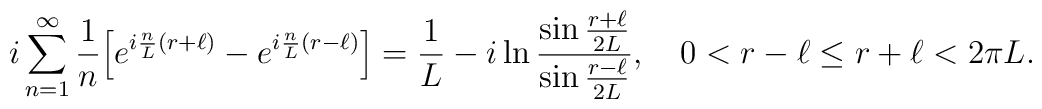
i\sum_{n=1}^\infty {1\over n}\Bigl[e^{i{n\over L}(r+\ell)}- e^{i{n\over L}(r-\ell)}\Bigr]={1\over L}-i\ln{\sin{r+\ell\over 2L}\over \sin{r-\ell\over 2L}},\quad0<r-\ell\le r+\ell<2\pi L.